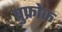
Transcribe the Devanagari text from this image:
प्रुफ्रोक